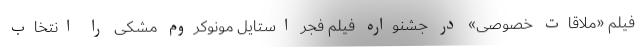
فیلم «ملاقات خصوصی» در جشنواره فیلم فجر استایل مونوکروم مشکی را انتخاب